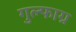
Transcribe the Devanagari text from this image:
गुल्फाग्र